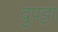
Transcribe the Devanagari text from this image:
दुपट्टों